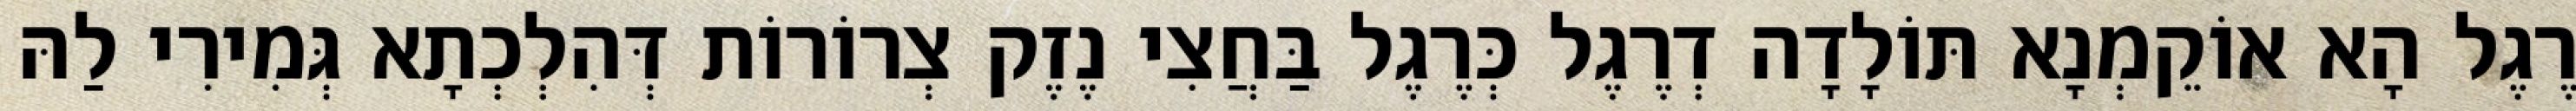
רֶגֶל הָא אוֹקֵמְנָא תּוֹלָדָה דְרֶגֶל כְּרֶגֶל בַּחֲצִי נֶזֶק צְרוֹרוֹת דְּהִלְכְתָא גְּמִירִי לַהּ